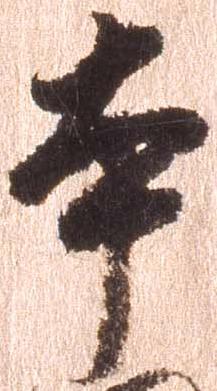
本